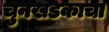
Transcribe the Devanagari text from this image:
चुनखडकाचा